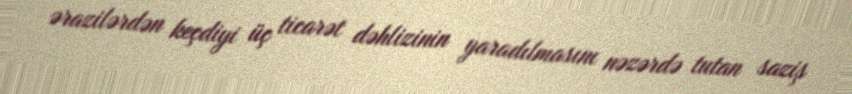
ərazilərdən keçdiyi üç ticarət dəhlizinin yaradılmasını nəzərdə tutan saziş